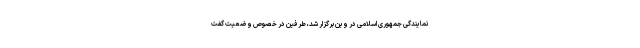
نمایندگی جمهوری اسلامی در وین برگزار شد، طرفین در خصوص وضعیت گفت‌